Sleeping sickness
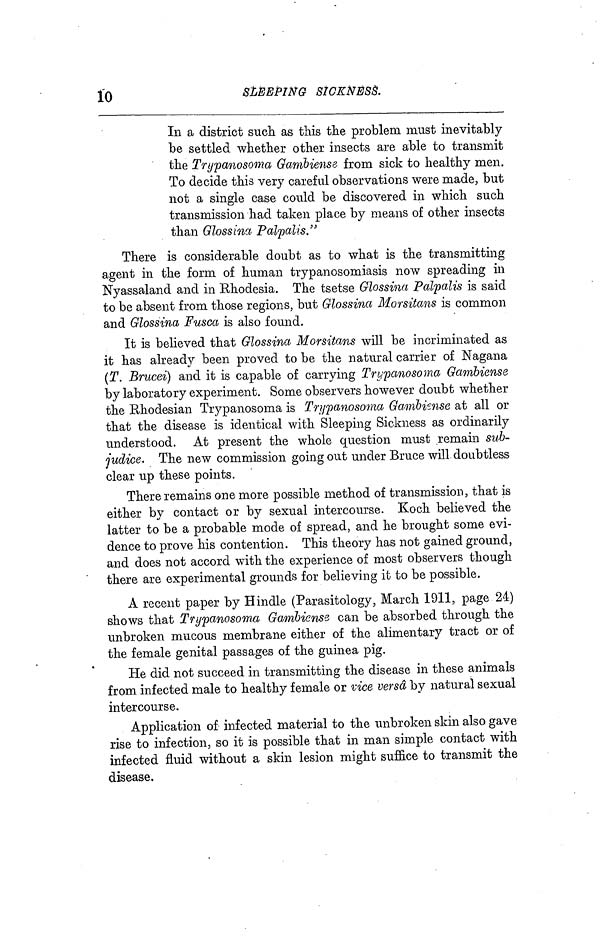
10
SLEEPING SICKNESS.
In a district suoli as this the problem must inevitably
be settled whether other insects are able to transmit
the Trypanosoma Ganibiense from sick to healthy men.
To decide this very careful observations were made, but
not a single case could be discovered in which such
transmission had taken place by means of other insects
than Glossina Palpalis."
There is considerable doubt as to what is the transmitting
agent in the form of human trypanosomiasis now spreading in
Nyassaland and in Rhodesia. The tsetse Glossina Palpalis is said
to be absent from those regions, but Glossina Morsitans is common
and Glossina Fusca is also found.
It is believed that Glossina Morsitans will be incriminated as
it has already been proved to be the natural carrier of Nagana
(T. Brucei) and it is capable of carrying Trypanosoma Garribiense
by laboratory experiment. Some observers however doubt whether
the Rhodesian Trypanosoma is Trypanosoma Gambiense at all or
that the disease is identical with Sleeping Sickness as ordinarily
understood. At present the whole question must remain sub-
judice. The new commission going out under Bruce will doubtless
clear up these points.
There remains one more possible method of transmission, that is
either by contact or by sexual intercourse. Koch believed the
latter to be a probable mode of spread, and he brought some evi-
dence to prove his contention. This theory has not gained ground,
and does not accord with the experience of most observers though
there are experimental grounds for believing it to be possible.
A recent paper by Hindle (Parasitology, March 1911, page 24)
shows that Trypanosoma Gambiense can be absorbed through the
unbroken mucous membrane either of the alimentary tract or of
the female genital passages of the guinea pig.
He did not succeed in transmitting the disease in these animals
from infected male to healthy female or vice versâ by natural sexual
intercourse.
Application of infected material to the unbroken skin also gave
rise to infection, so it is possible that in man simple contact with
infected fluid without a skin lesion might suffice to transmit the
disease.